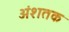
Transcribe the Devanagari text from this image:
अंशतक